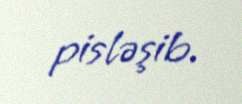
pisləşib.